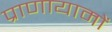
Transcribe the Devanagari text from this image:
प्राणायामों